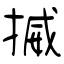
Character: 揻